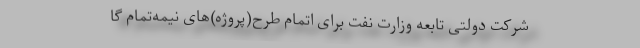
شرکت دولتی تابعه وزارت نفت برای اتمام طرح(پروژه)‌های نیمه‌تمام گا